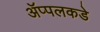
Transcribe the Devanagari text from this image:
ॲप्पलकडे